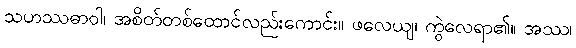
သဟဿဓာဝါ၊ အစိတ်တစ်ထောင်လည်းကောင်း။ ဖလေယျ၊ ကွဲလေရာ၏။ အဿ၊